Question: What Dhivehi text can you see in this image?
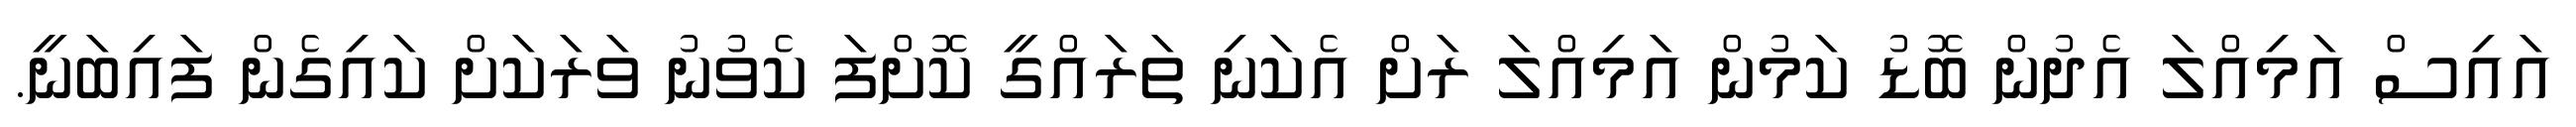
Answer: އައިސް އަމިއްލަ އެދުން ބޮޑު ކަމުން އަމިއްލަ ރަށް އެކަނި ތަރައްގީ ކޮށްފަ ކެވުނު ވަރަކަށް ކައިގެން ފައިބަނީ.